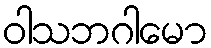
ဝါသဘဂါမော